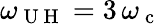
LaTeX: \omega_{\mathrm{~U~H~}}=3\, \omega_{\mathrm{~c~}}